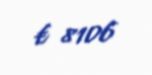
€ 8106